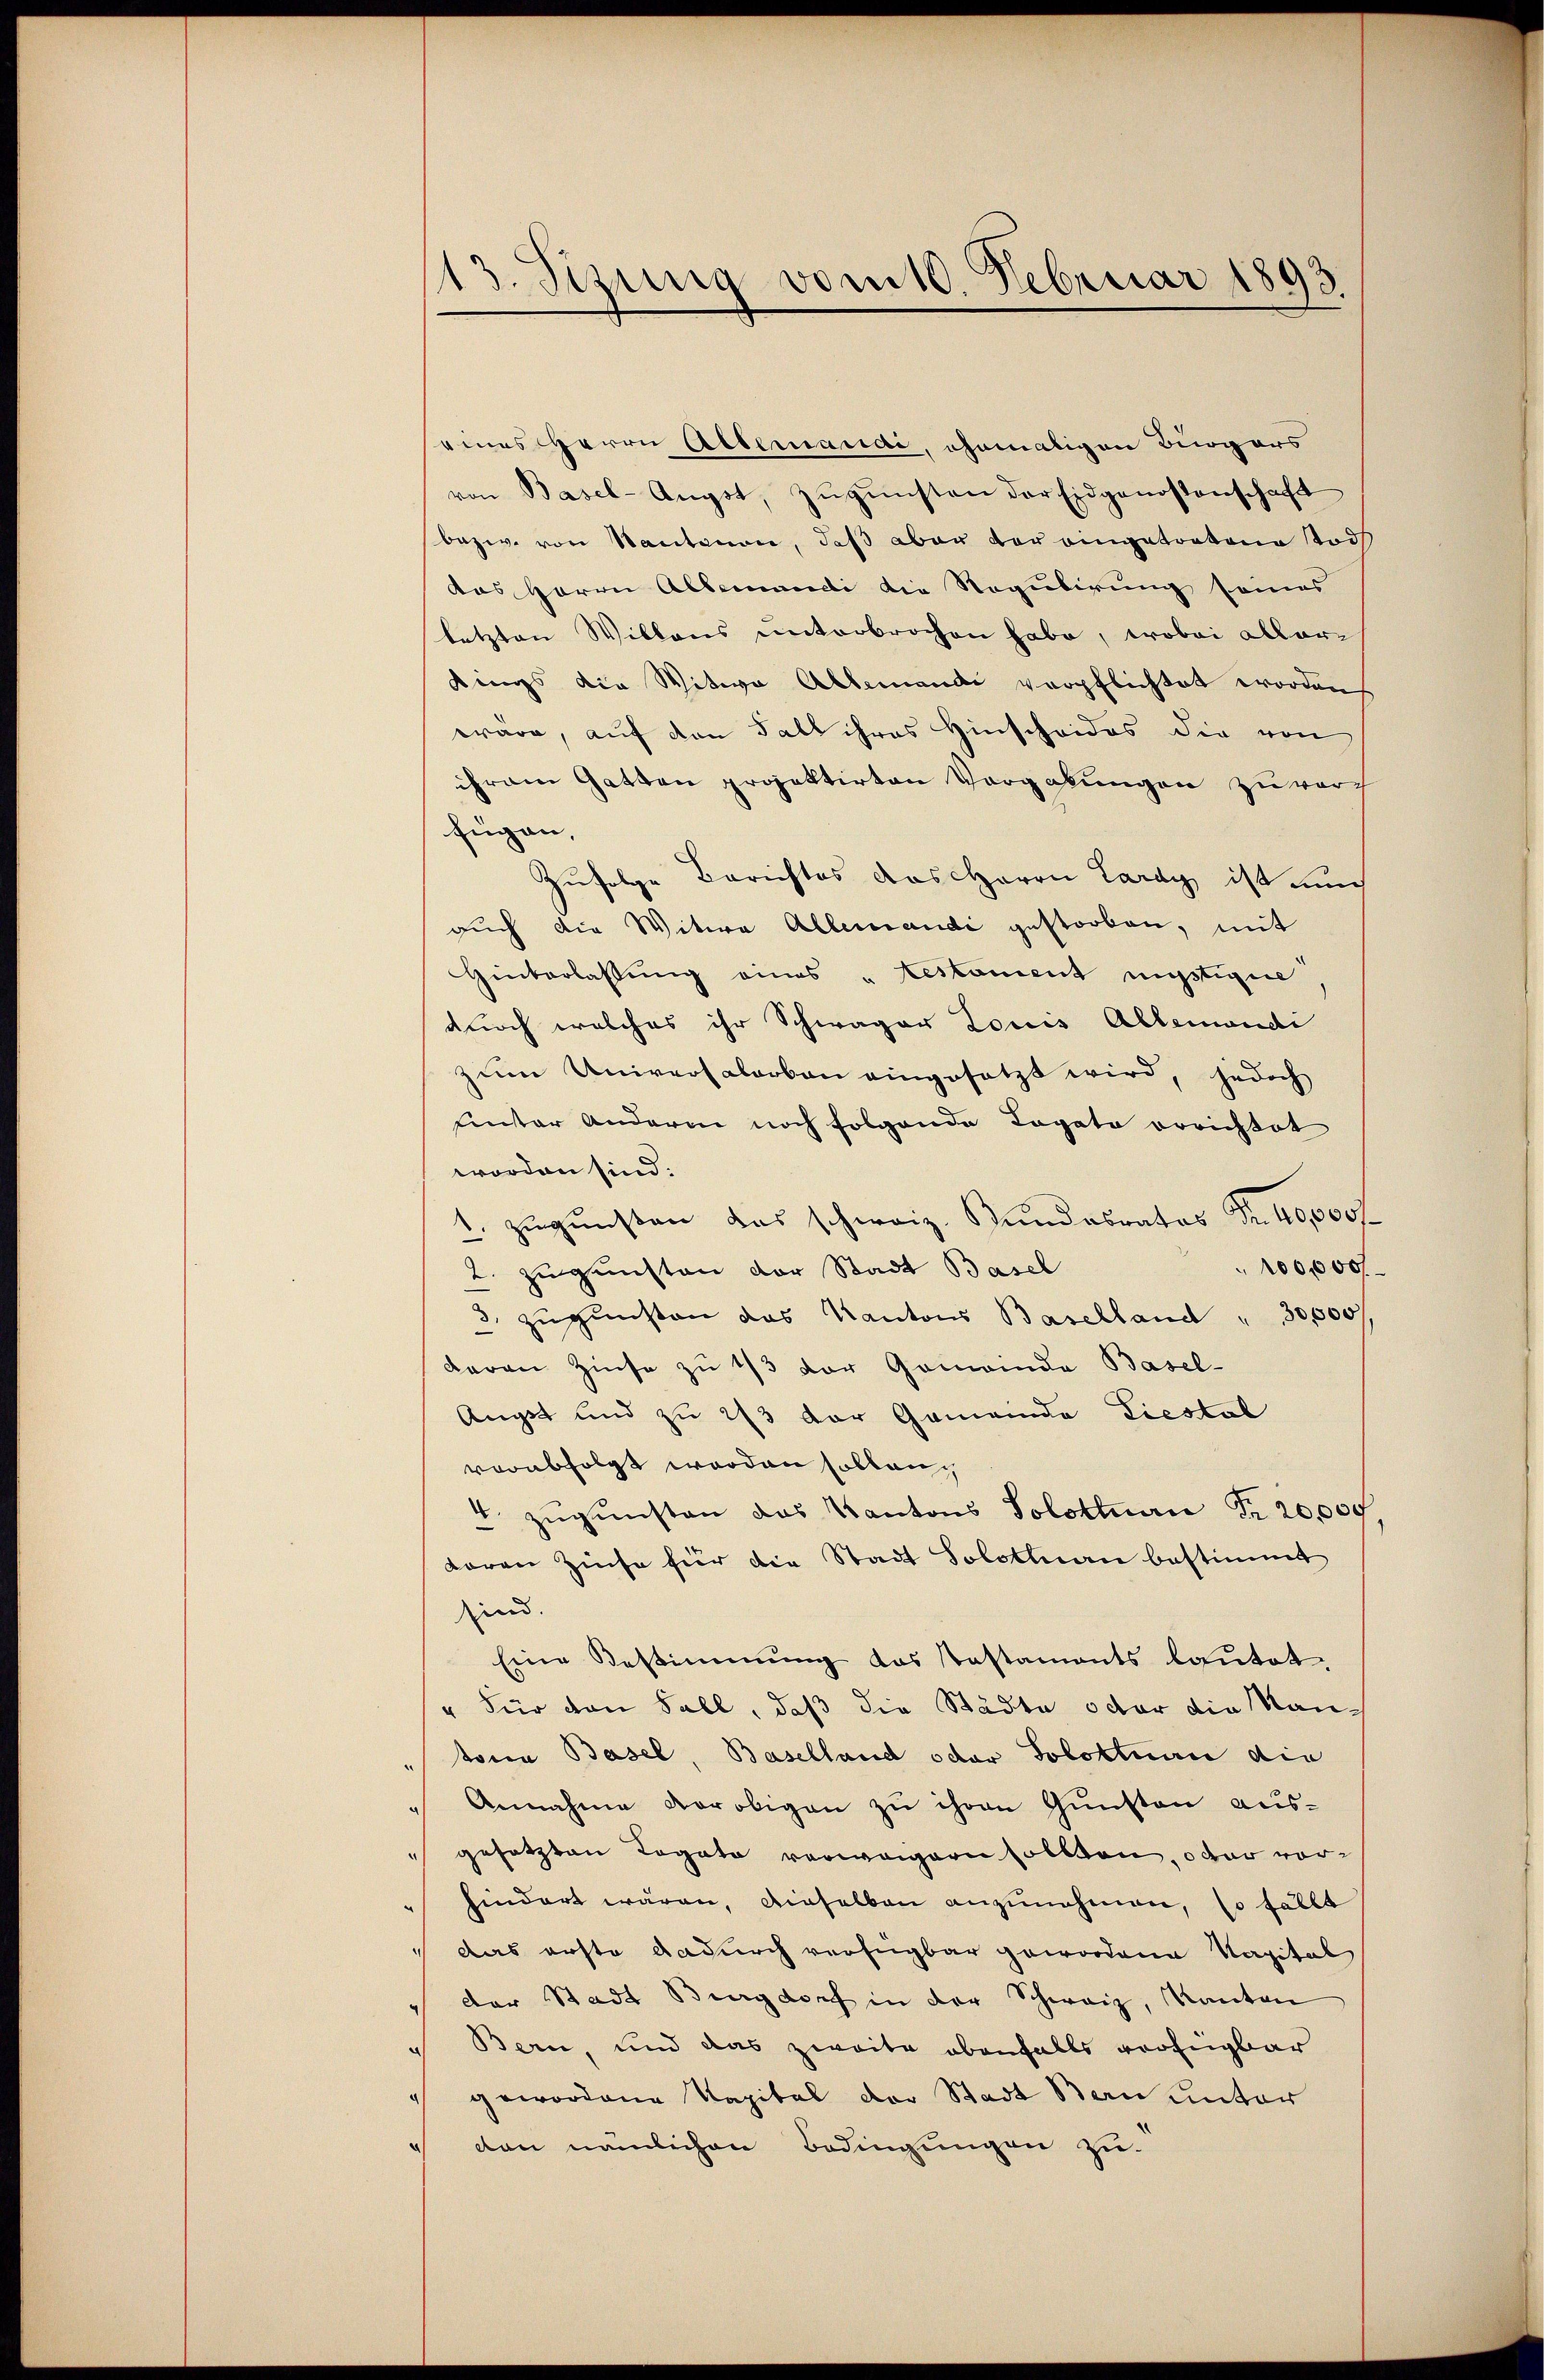
113. Sizung vom 10. Februar 1893.

eines Herrn Allemandi, ehemaligen Bürgers
von Basel-Augst, zŭgŭnsten der Eidgenossenschaft
bezw. von Nantenen, daß aber vor eingetretene Tod
das Herrn Albemandi die Regulirung seines
letzten Willens unterbrochen habe, wobei allerdings die Witwe Allemandi verpflichtet worden
wäre, auf den Fall ihres Hinscheides die von
ihrem Gatten projektirten Vorgabungen zu vorfügen,
Zufolge Berichtes das Herrn Lardy ist auch
auch die Witwe Allemandi gestorben, mit
Hinterlassung eines " testament nichtigen
durch welches ihr Schwager Louis Allemandi
zum Universalarben eingesetzt wird, jedoch
uinter Andern noch folgende Togato errichtet
worden sind:
1. zugunsten das schweiz. Kundesratos Fr. 40,000 f
100,00
2. zugunsten der Stadt Basel
3. zugunsten das Kantons Baselland " 30,000
daran Zinse zu 1/3 der Gemeinde Basel-
Augst und zu 2/3 der Gemeinde Liestal
verabfolgt worden sollenz
4. zugunsten das Kantons Solottuan Fr. 20,000.
toren Zinse für die Stadt Solothurn bestimmt
sind.
Eine Bestimmung das Kastaments lautet.
" für von Fall, daß die Städte oder die Mantoren Basel, Baselland oder Poloktuarii die
" Annahme vorobigen zu ihren Gunsten aus-
" gesetzten Rogato verwagern sollen, oder vorhindert wären, dieselben anzunehmen, so fällt
 das erste dadurch verfügbar gewordene Kapital
der Stadt Burgdorf in der Schweiz, Kanton
" Bern, und das zweite ebenfalls verfügbar
 gewordene Kapital der Stadt Bern unter
“ dan nämlichen Bedingungen zu-